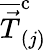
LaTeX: \overline{{\vec{T}}}_{(j)}^{\mathrm{c}}